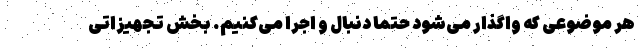
هر موضوعی که واگذار می‌شود حتماً دنبال و اجرا می‌کنیم. بخش تجهیزاتی